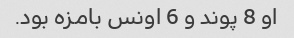
او 8 پوند و 6 اونس بامزه بود.